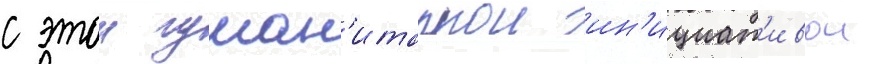
с этои гуман'итарнои ин'ициат'ивои